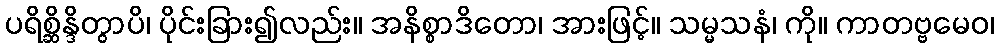
ပရိစ္ဆိန္ဒိတွာပိ၊ ပိုင်းခြား၍လည်း။ အနိစ္စာဒိတော၊ အားဖြင့်။ သမ္မသနံ၊ ကို။ ကာတဗ္ဗမေဝ၊